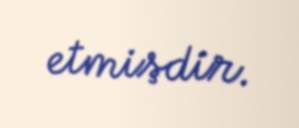
etmişdir.